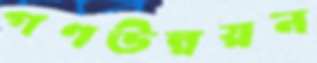
গণউন্নয়ন